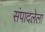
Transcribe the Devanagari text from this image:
संपादलेला